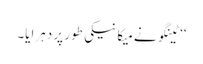
‘‘ ٹینگو نے میکانیکی طور پر دہرایا۔